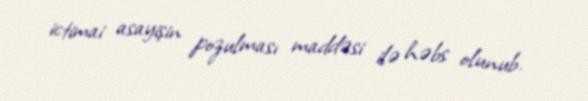
ictimai asayişin pozulması maddəsi ilə həbs olunub.